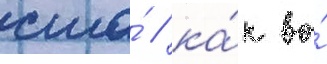
сша́ / ка́к во́